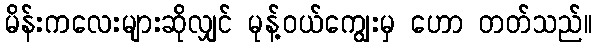
မိန်းကလေးများဆိုလျှင် မုန့်ဝယ်ကျွေးမှ ဟော တတ်သည်။